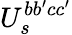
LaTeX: U_{s}^{bb^{\prime}cc^{\prime}}